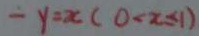
- y = x ( 0 < x \leq 1 )